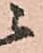
ニ